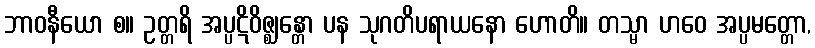
ဘာဝနီယော စ။ ဥတ္တရိ အပ္ပဋိဝိဇ္ဈန္တော ပန သုဂတိပရာယနော ဟောတိ။ တသ္မာ ဟဝေ အပ္ပမတ္တော,